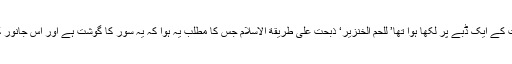
چین سے ایکسپورٹ کئے ہوئے گوشت کے ایک ڈبے پر لکھا ہوا تھا’ للحم الخنزیر‘ ذبحت علی طریقة الاسلام جس کا مطلب یہ ہوا کہ یہ سور کا گوشت ہے اور اس جانور کو اسلامی طریقہ سے ذبح کیا گیا ہے۔